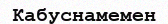
Кабуснамемен